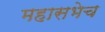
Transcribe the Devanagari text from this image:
महासभेच